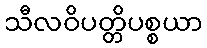
သီလဝိပတ္တိပစ္စယာ